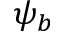
\psi _ { b }